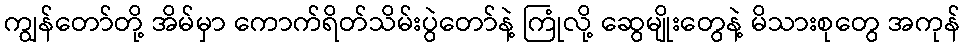
ကျွန်တော်တို့ အိမ်မှာ ကောက်ရိတ်သိမ်းပွဲတော်နဲ့ ကြုံလို့ ဆွေမျိုးတွေနဲ့ မိသားစုတွေ အကုန်